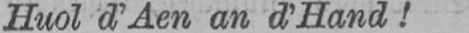
Huol d’Aen an d’Hand!